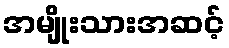
အမျိုးသားအဆင့်